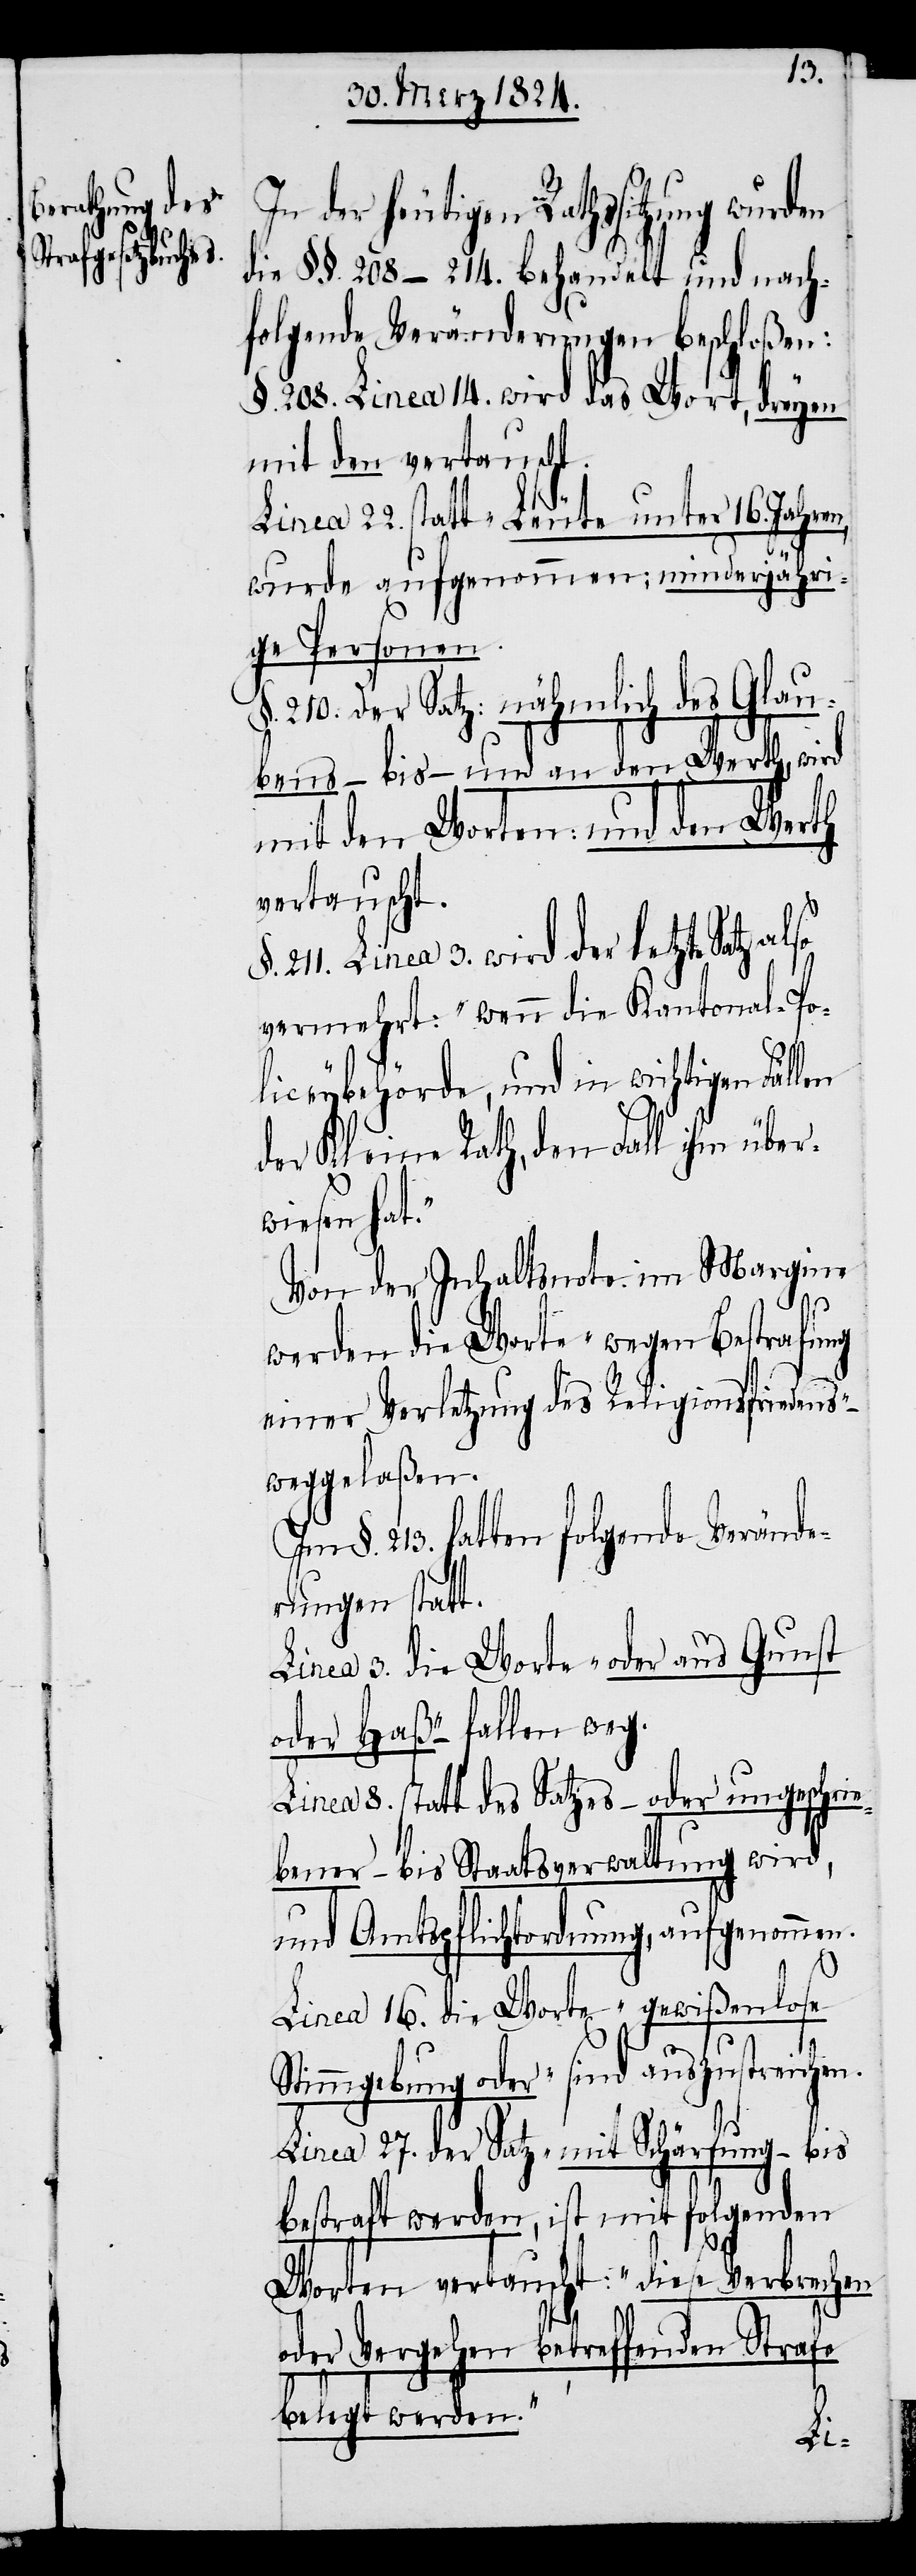
In der heutigen Rathssitzung
die §§. 208–214. behandelt und nach¬
folgende Veränderungen beschloßen:
§. 208. Linea 14. wird das Wort, dreyen
mit den vertauscht.
Linea 22. statt „Leute unter 16. Jahren,
wurde aufgenommen; minderjähri¬
ge Personen.
§. 210: Der Satz: nähmlich des Glau¬
bens – bis – und an den Werth, wird
mit den Worten: und den Werth
vertauscht.
211. Linea 3. wird der letzte Satz
vermehrt: „wenn die Kantonal-Po¬
liceybehörde, und in wichtigen Fällen
der Kleine Rath, den Fall ihm über¬
wiesen ha¬
Von der Inhaltsnote im Margine
werden die Worte „Wegen Bestrafung
einer Verletzung des Religionsfriedens
weggelaßen.
§. 213. hatten folgende Verände¬
rungen statt.
Linea 3. die Worte „oder aus Gunst
oder Haß“ – fallen weg.
Linea 8. statt des Satzes – oder ungeschrie¬
bener – bis Staatsverwaltung wird,
und Amtsverpflichtung, aufgenommen.
t.“
Linea 16. die Worte „gewißenlose
Stimmgebung oder“ sind auszustreichen.
Linea 27. der Satz „mit Schärfung – bis
bestraft werden, ist mit folgenden
Worten vertauscht: „diese Verbrechen
treffenden Strafe
oder Vergehen
belegt werden.“
be¬